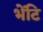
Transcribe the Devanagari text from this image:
भेंटि